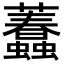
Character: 𧕷